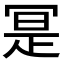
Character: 𭁼